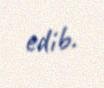
edib.